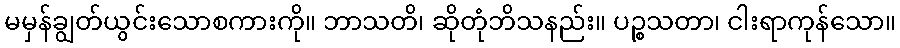
မမှန်ချွတ်ယွင်းသောစကားကို။ ဘာသတိ၊ ဆိုတုံဘိသနည်း။ ပဉ္စသတာ၊ ငါးရာကုန်သော။